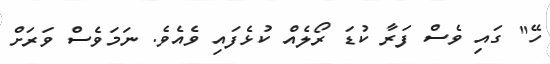
ހޭ" ގައި ވެސް ފަރާ ކުޑަ ރޯލެއް ކުޅެފައި ވެއެވެ. ނަމަވެސް ވަރަށް